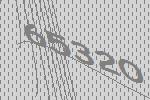
65320